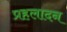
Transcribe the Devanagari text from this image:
प्रहलादन